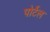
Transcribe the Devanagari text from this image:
पोर्टेल